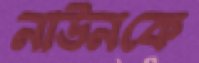
নাউনকে